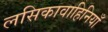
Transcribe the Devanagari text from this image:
लसिकावाहिनियाँ